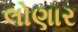
લોણાર